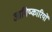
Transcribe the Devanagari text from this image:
आविष्कारियों